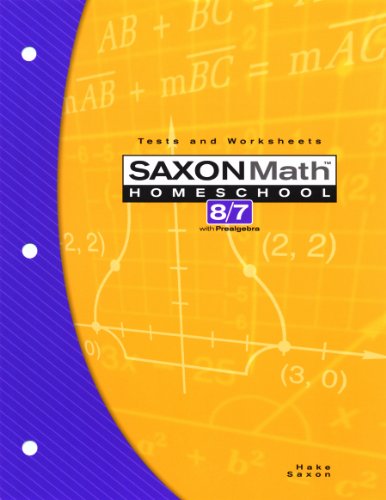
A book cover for Saxon Math 8/7 Homeschool: Testing Book 3rd Edition; Stephen Hake; Teen & Young Adult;